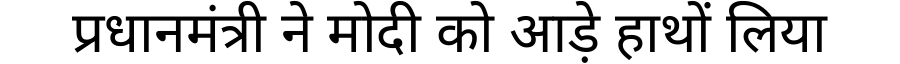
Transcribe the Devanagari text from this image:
प्रधानमंत्री ने मोदी को आड़े हाथों लिया